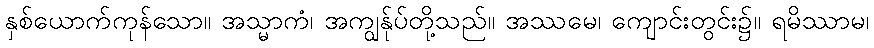
နှစ်ယောက်ကုန်သော။ အသ္မာကံ၊ အကျွန်ုပ်တို့သည်။ အဿမေ၊ ကျောင်းတွင်း၌။ ရမိဿာမ၊